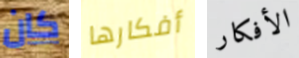
كان أفكارها الأفكار